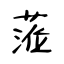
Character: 蒞